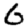
Digit: 6